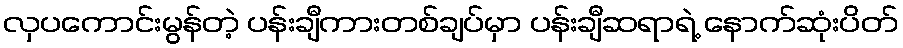
လှပကောင်းမွန်တဲ့ ပန်းချီကားတစ်ချပ်မှာ ပန်းချီဆရာရဲ့ နောက်ဆုံးပိတ်